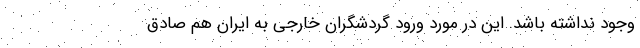
وجود نداشته باشد. این در مورد ورود گردشگران خارجی به ایران هم صادق